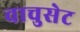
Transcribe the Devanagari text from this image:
वाचुसेट